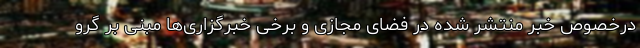
درخصوص خبر منتشر شده در فضای مجازی و برخی خبرگزاری‌ها مبنی بر گرو